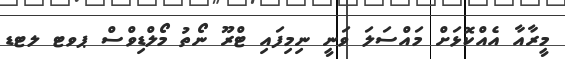
މީރާއާ އެއްކޮޅަށް މައްސަލަ ވަނީ ނިމިފައި ޓްރޫ ނޯތު މޯލްޑިވްސް ޕވޓ ލޓޑ